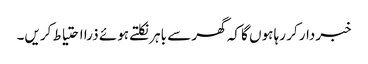
خبردار کر رہا ہوں گا کہ گھر سے باہر نکلتے ہوئے ذرا احتیاط کریں۔